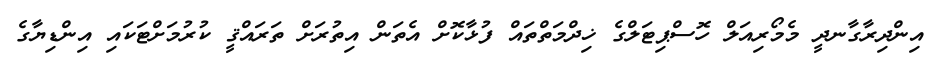
އިންދިރާގާނދީ މެމޯރިއަލް ހޮސްޕިޓަލްގެ ޚިދްމަތްތައް ފުޅާކޮށް އެތަން އިތުރަށް ތަރައްޤީ ކުރުމަށްޓަކައި އިންޑިޔާގެ